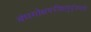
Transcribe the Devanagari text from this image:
बंधमोक्षपरीक्षामुदृंकयति